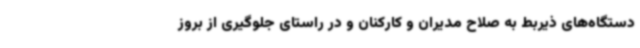
دستگاه‌های ذیربط به صلاح مدیران و کارکنان و در راستای جلوگیری از بروز